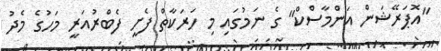
"އޮޕަރޭޝަން އަންމާސްކް" ގެ ނަމުގައި މި ހަރަކާތް ފެށީ ފެބްރުއަރީ މަހުގެ މެދު